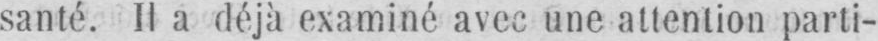
santé. Il a déjà examiné avec une attention parti-